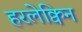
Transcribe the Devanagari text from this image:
हरलेक्विन